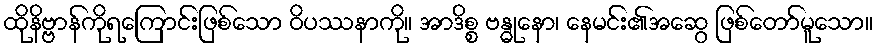
ထိုနိဗ္ဗာန်ကိုရကြောင်းဖြစ်သော ဝိပဿနာကို။ အာဒိစ္စ ဗန္ဓုနော၊ နေမင်း၏အဆွေ ဖြစ်တော်မူသော။